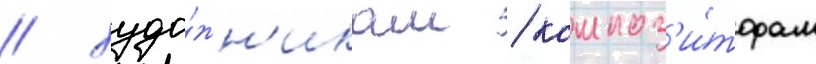
/ худо́жн'икам / композ'и́торам